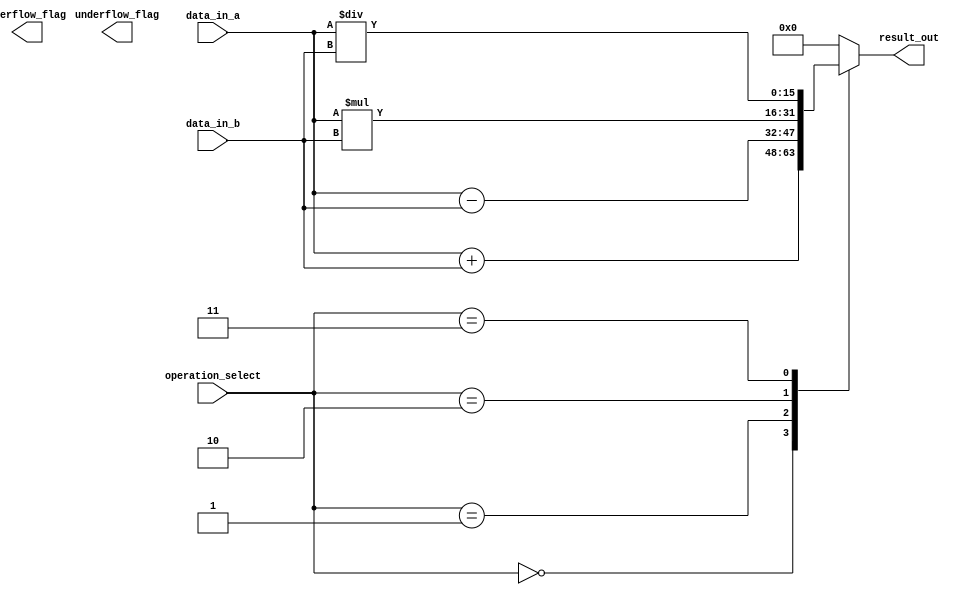
module half_precision_fpu (
    input wire [15:0] data_in_a,
    input wire [15:0] data_in_b,
    input wire [2:0] operation_select,
    output wire [15:0] result_out,
    output wire overflow_flag,
    output wire underflow_flag
);

// Adder
wire [15:0] add_result;
assign add_result = (operation_select == 3'b000) ? data_in_a + data_in_b : 16'h0;

// Subtractor
wire [15:0] sub_result;
assign sub_result = (operation_select == 3'b001) ? data_in_a - data_in_b : 16'h0;

// Multiplier
wire [15:0] mul_result;
assign mul_result = (operation_select == 3'b010) ? data_in_a * data_in_b : 16'h0;

// Divider
wire [15:0] div_result;
assign div_result = (operation_select == 3'b011) ? data_in_a / data_in_b : 16'h0;

// Rounding, normalization, special cases handling logic here

// Output mux
always @(*) begin
    case(operation_select)
        3'b000: result_out = add_result;
        3'b001: result_out = sub_result;
        3'b010: result_out = mul_result;
        3'b011: result_out = div_result;
        default: result_out = 16'h0;
    endcase
end

// Overflow and underflow detection logic here

endmodule